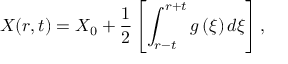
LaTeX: X ( r , t ) = X _ { 0 } + \frac { 1 } { 2 } \left[ \int _ { r - t } ^ { r + t } g \left( \xi \right) d \xi \right] ,